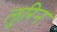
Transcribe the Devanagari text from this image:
लुरिन